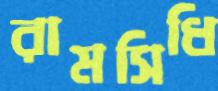
রামসিধি